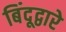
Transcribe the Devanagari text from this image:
बिंदूद्वारे